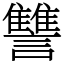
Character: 讐